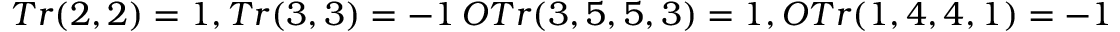
T r ( 2 , 2 ) = 1 , T r ( 3 , 3 ) = - 1 \, O T r ( 3 , 5 , 5 , 3 ) = 1 , O T r ( 1 , 4 , 4 , 1 ) = - 1